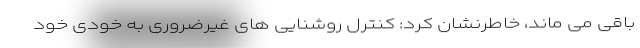
باقی می ماند، خاطرنشان کرد: کنترل روشنایی های غیرضروری به خودی خود